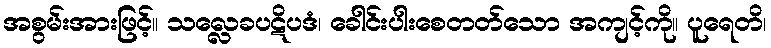
အစွမ်းအားဖြင့်။ သလ္လေခပဋိပဒံ၊ ခေါင်းပါးစေတတ်သော အကျင့်ကို။ ပူရေတိ၊